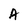
Character: A